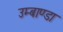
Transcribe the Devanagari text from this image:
उम्बाण्डा